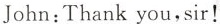
John:Thank you,sir!